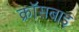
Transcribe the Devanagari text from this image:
क्रॉसबाइ